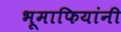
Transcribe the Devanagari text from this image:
भूमाफियांनी